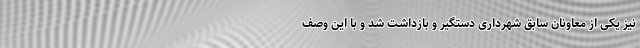
نیز یکی از معاونان سابق شهرداری دستگیر و بازداشت شد و با این وصف